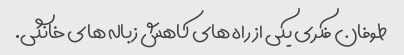
طوفان فکری یکی از راه های کاهش زباله های خانگی.